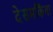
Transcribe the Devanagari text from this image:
देसमकिंवा